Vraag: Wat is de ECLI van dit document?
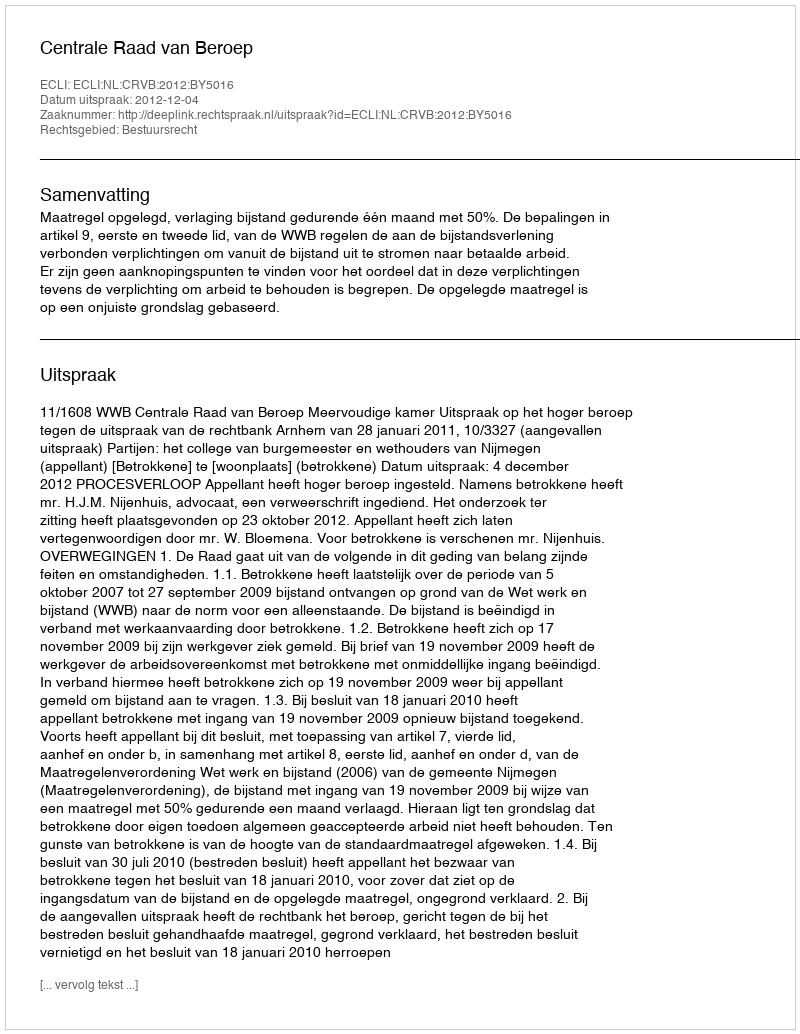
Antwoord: ECLI:NL:CRVB:2012:BY5016